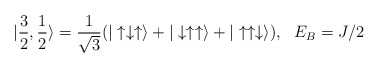
\begin{align*}| \frac{3}{2}, \frac{1}{2} \rangle =\frac{1}{\sqrt{3}} ( | \uparrow \downarrow \uparrow \rangle + |\downarrow \uparrow \uparrow \rangle + | \uparrow \uparrow \downarrow \rangle ), \ \ E_B =J/2 \end{align*}